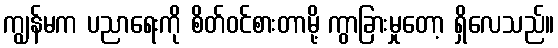
ကျွန်မက ပညာရေးကို စိတ်ဝင်စားတာမို့ ကွာခြားမှုတော့ ရှိလေသည်။